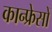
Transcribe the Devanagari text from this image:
कान्फ्रेसों